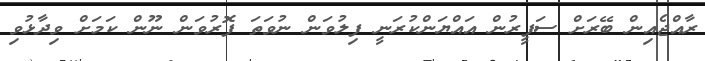
ރާއްޖެއިން ބޭރަށް ސަފީރުން އައްޔަންކުރަނީ ފިލުވަން ނުވަތަ ފޮރުވަން ނޫން ކަމަށް ވިދާޅުވި